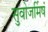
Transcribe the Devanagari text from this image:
सुवोजर्मिषं